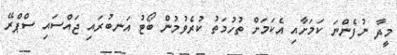
މީދާ ނުފެންނަ ކަމަށާއި އެކަމަށް ތުހުމަތު ކުރެވުމުން ބޯޓު އަނބުރައި ޖައްސައި ސްޕްރޭ